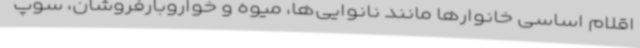
اقلام اساسی خانوارها مانند نانوایی‌ها، میوه و خواروبارفروشان، سوپ